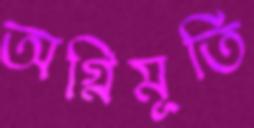
অগ্নিমূর্তি